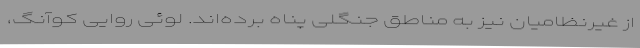
از غیرنظامیان نیز به مناطق جنگلی پناه برده‌اند. لوئی روایی کوآنگ،